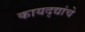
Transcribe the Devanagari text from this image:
कायद्द्यांचे